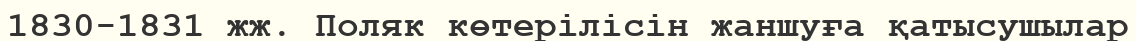
1830-1831 жж. Поляк көтерілісін жаншуға қатысушылар